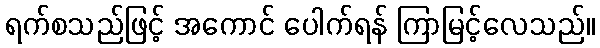
ရက်စသည်ဖြင့် အကောင် ပေါက်ရန် ကြာမြင့်လေသည်။